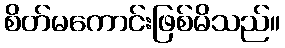
စိတ်မကောင်းဖြစ်မိသည်။